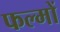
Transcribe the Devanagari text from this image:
फल्मों